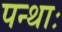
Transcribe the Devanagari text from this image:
पन्थाः